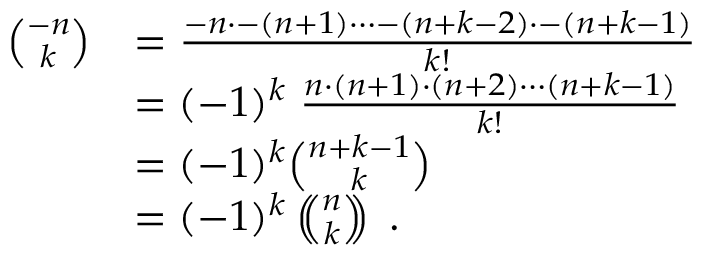
{ \begin{array} { r l } { { \binom { - n } { k } } } & { = { \frac { - n \cdot - ( n + 1 ) \dots - ( n + k - 2 ) \cdot - ( n + k - 1 ) } { k ! } } } \\ & { = ( - 1 ) ^ { k } \; { \frac { n \cdot ( n + 1 ) \cdot ( n + 2 ) \cdots ( n + k - 1 ) } { k ! } } } \\ & { = ( - 1 ) ^ { k } { \binom { n + k - 1 } { k } } } \\ & { = ( - 1 ) ^ { k } \left( \! \! { \binom { n } { k } } \! \! \right) \; . } \end{array} }